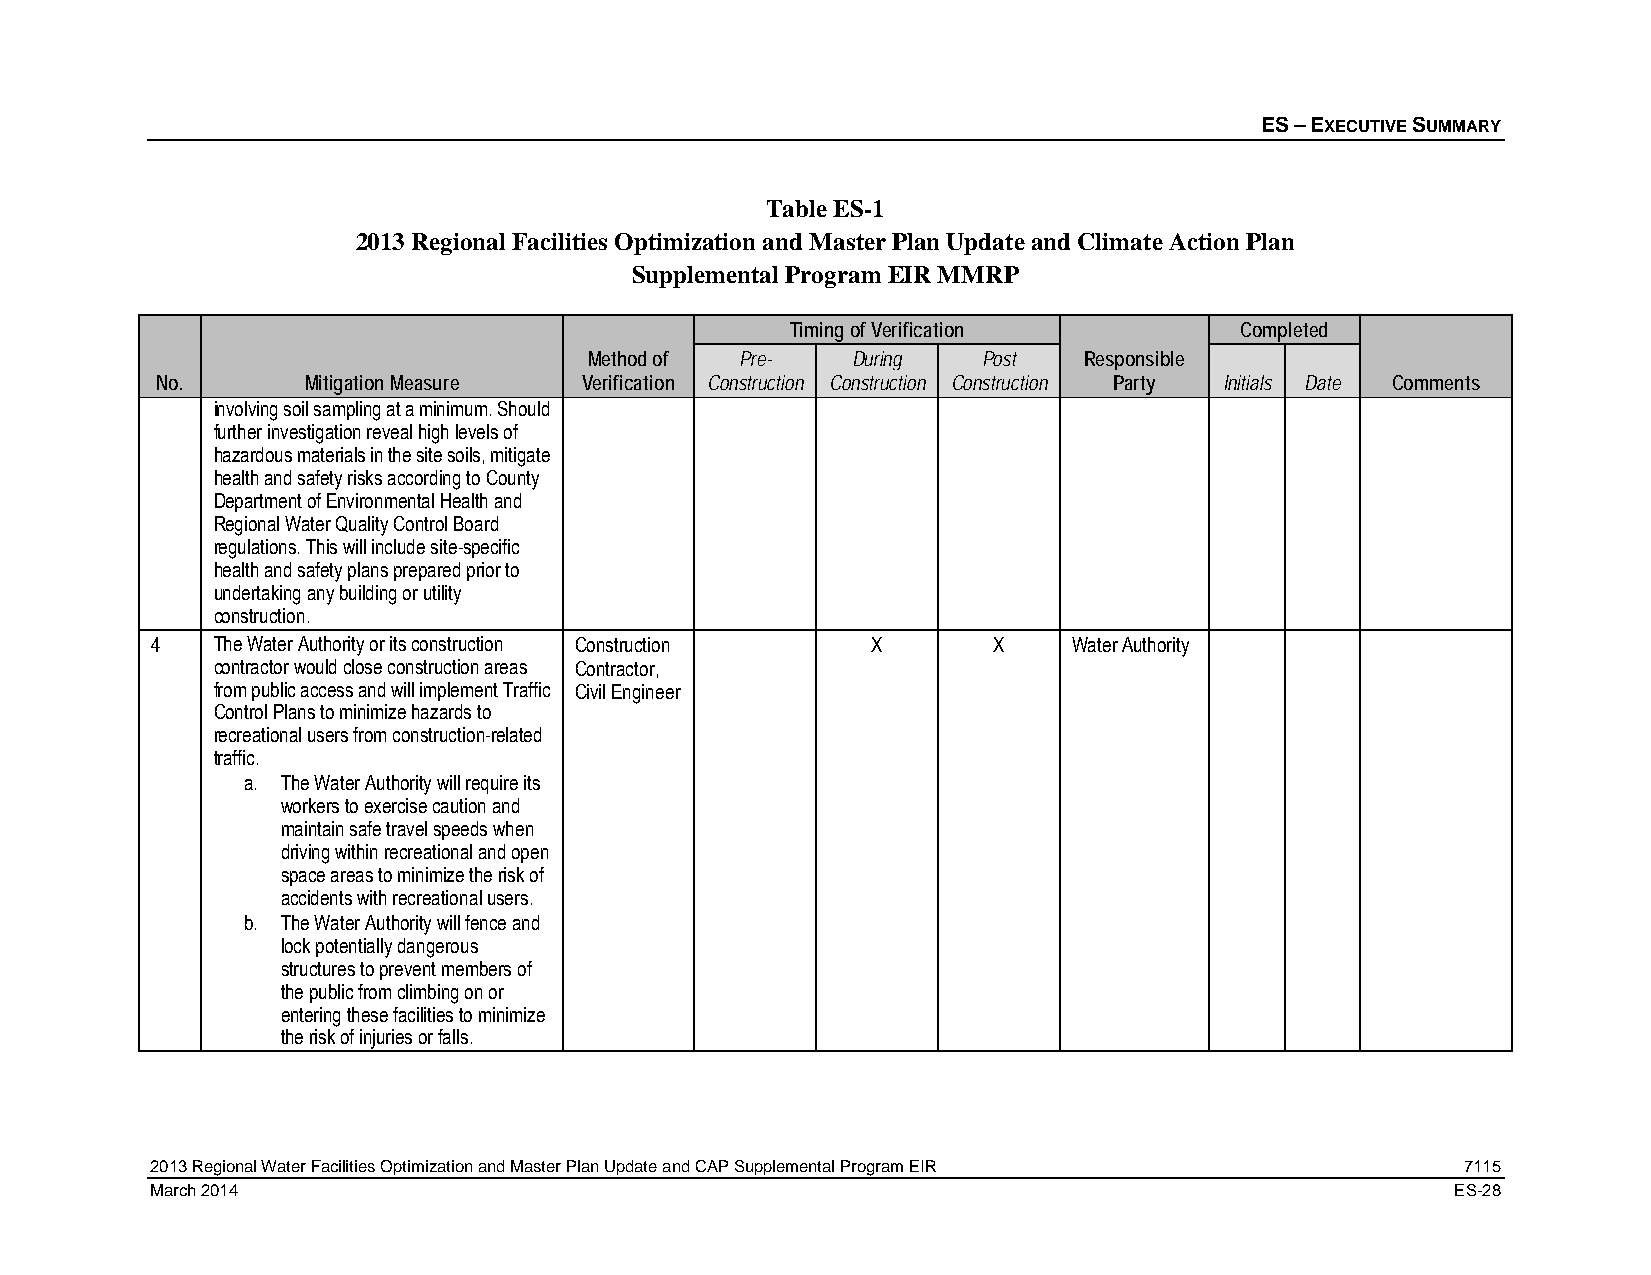
ES – EXECUTIVE SUMMARY
 Table ES-1
 2013 Regional Facilities Optimization and Master Plan Update and Climate Action Plan
 Supplemental Program EIR MMRP
 Timing of Verification        Completed
 Method of Pre-   During   Post   Responsible
 No.       Mitigation Measure Verification Construction Construction Construction Party Initials Date Comments
 involving soil sampling at a minimum. Should
 further investigation reveal high levels of
 hazardous materials in the site soils, mitigate
 health and safety risks according to County
 Department of Environmental Health and
 Regional Water Quality Control Board
 regulations. This will include site-specific
 health and safety plans prepared prior to
 undertaking any building or utility
 construction.
 4   The Water Authority or its construction Construction X X Water Authority
 contractor would close construction areas Contractor,
 from public access and will implement Traffic Civil Engineer
 Control Plans to minimize hazards to
 recreational users from construction-related
 traffic.
 a. The Water Authority will require its
 workers to exercise caution and
 maintain safe travel speeds when
 driving within recreational and open
 space areas to minimize the risk of
 accidents with recreational users.
 b. The Water Authority will fence and
 lock potentially dangerous
 structures to prevent members of
 the public from climbing on or
 entering these facilities to minimize
 the risk of injuries or falls.
 2013 Regional Water Facilities Optimization and Master Plan Update and CAP Supplemental Program EIR 7115
 March 2014                                                                            ES-28